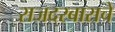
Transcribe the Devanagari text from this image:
राजदरबाराचे